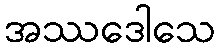
အဿဒေါသေ